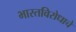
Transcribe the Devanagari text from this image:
भारतविरोधाचे